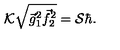
{ \cal K } \sqrt { { \vec { g } } _ { 1 } ^ { 2 } { \vec { f } } _ { 2 } ^ { 2 } } = { \cal S } { \hbar } .